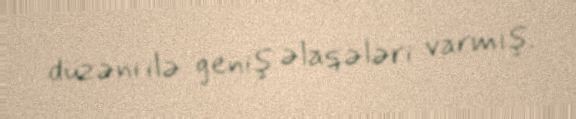
düzəni ilə geniş əlaqələri varmış.